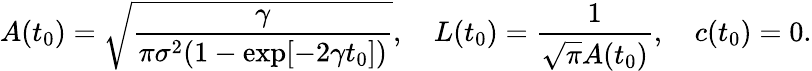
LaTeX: A(t_{0})=\sqrt{\frac{\gamma}{\pi\sigma^{2}(1-\exp[-2\gamma t_{0}])}},\quad L(t_{0})=\frac{1}{\sqrt{\pi}A(t_{0})},\quad c(t_{0})=0.